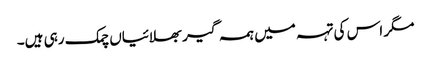
مگر اس کی تہہ میں ہمہ گیر بھلائیاں چمک رہی ہیں۔